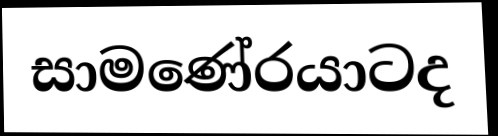
සාමණේරයාටද